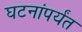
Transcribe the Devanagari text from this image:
घटनांपर्यंत